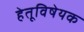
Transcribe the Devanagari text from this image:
हेतूविषेयक